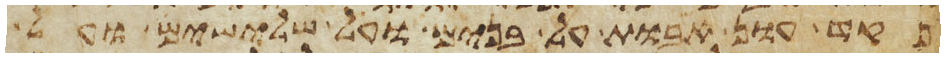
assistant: פקד עון אבות על בנים על שלישים ועל